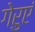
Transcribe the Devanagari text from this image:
गेरुएं